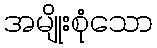
အမျိုးစုံသော